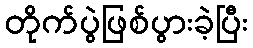
တိုက်ပွဲဖြစ်ပွားခဲ့ပြီး